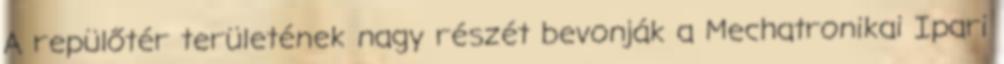
A repülőtér területének nagy részét bevonják a Mechatronikai Ipari